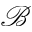
\mathcal { B }